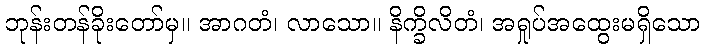
ဘုန်းတန်ခိုးတော်မှ။ အာဂတံ၊ လာသော။ နိက္ခိလိတံ၊ အရှုပ်အထွေးမရှိသော